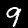
Label: 9